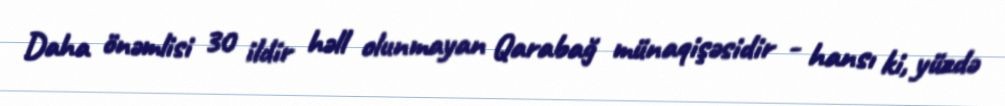
Daha önəmlisi 30 ildir həll olunmayan Qarabağ münaqişəsidir - hansı ki, yüzdə